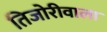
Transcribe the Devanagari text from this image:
तिजोरीवाला